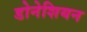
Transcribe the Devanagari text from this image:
डोनेशियन